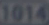
1014